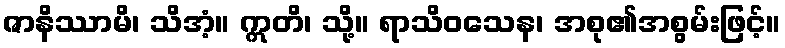
ဇာနိဿာမိ၊ သိအံ့။ ဣတိ၊ သို့။ ရာသိဝသေန၊ အစု၏အစွမ်းဖြင့်။